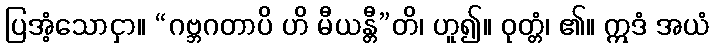
ပြအံ့သောငှာ။ “ဂဗ္ဘဂတာပိ ဟိ မီယန္တီ”တိ၊ ဟူ၍။ ဝုတ္တံ၊ ၏။ ဣဒံ အယံ